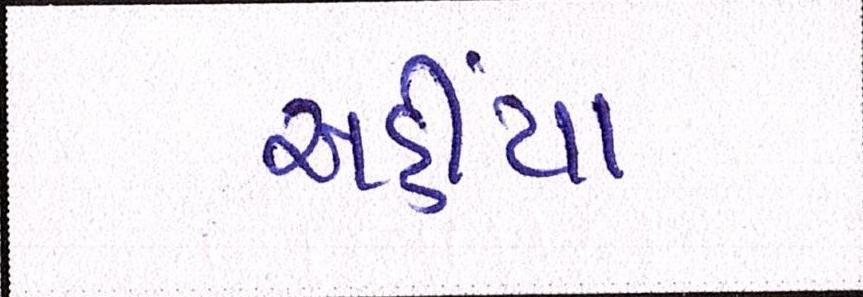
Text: અહીયા